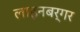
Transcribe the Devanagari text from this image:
लाइनबर्गर